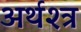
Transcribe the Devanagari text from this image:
अर्थश्त्र